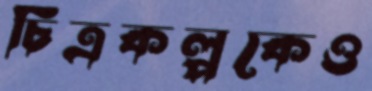
চিত্রকল্পকেও